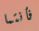
فأنتما